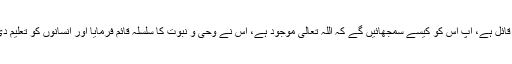
ایک آدمی ہے جس پر نہ وحی آتی ہے اور نہ وہ وجودِ باری اور وحی و نبوت کا قائل ہے، آپ اس کو کیسے سمجھائیں گے کہ اللہ تعالیٰ موجود ہے، اس نے وحی و نبوت کا سلسلہ قائم فرمایا اور انسانوں کو تعلیم دی ہے کہ وہ وحی و نبوت اور اس کے پیش کردہ عقائد و تصورات پر ایمان لائیں۔